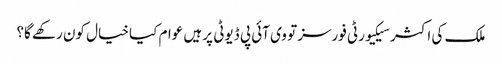
ملک کی اکثر سیکیورٹی فورسز تو وی آئی پی ڈیوٹی پر ہیں عوام کیا خیال کون رکھے گا؟